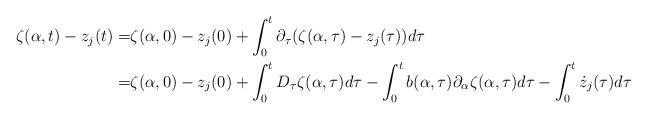
LaTeX: \begin{align*} \zeta(\alpha,t)-z_j(t)=&\zeta(\alpha,0)-z_j(0)+\int_0^t \partial_{\tau}(\zeta(\alpha,\tau)-z_j(\tau))d\tau\\ =&\zeta(\alpha,0)-z_j(0)+\int_0^t D_{\tau}\zeta(\alpha,\tau)d\tau-\int_0^t b(\alpha,\tau)\partial_{\alpha}\zeta(\alpha,\tau)d\tau-\int_0^t \dot{z}_j(\tau)d\tau \end{align*}